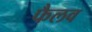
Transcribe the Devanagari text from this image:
फैलव